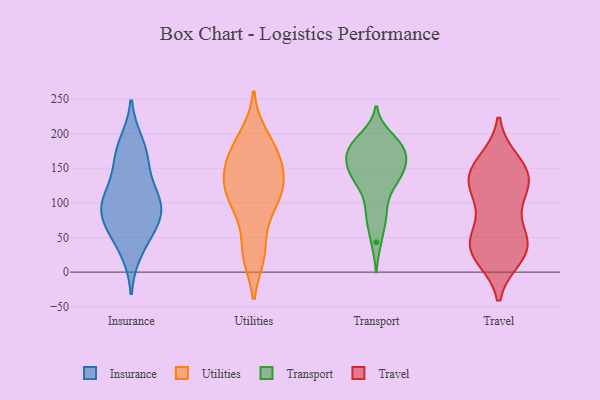
{"axis": {"x": "Inventory Turnover", "y": "Value"}, "legend": ["Insurance", "Transport", "Travel", "Utilities"], "data": [{"x": "", "y": 185, "type": "Insurance"}, {"x": "", "y": 166, "type": "Insurance"}, {"x": "", "y": 82, "type": "Insurance"}, {"x": "", "y": 106, "type": "Insurance"}, {"x": "", "y": 108, "type": "Insurance"}, {"x": "", "y": 62, "type": "Insurance"}, {"x": "", "y": 31, "type": "Insurance"}, {"x": "", "y": 162, "type": "Insurance"}, {"x": "", "y": 89, "type": "Insurance"}, {"x": "", "y": 110, "type": "Insurance"}, {"x": "", "y": 68, "type": "Insurance"}, {"x": "", "y": 173, "type": "Utilities"}, {"x": "", "y": 24, "type": "Utilities"}, {"x": "", "y": 114, "type": "Utilities"}, {"x": "", "y": 168, "type": "Utilities"}, {"x": "", "y": 133, "type": "Utilities"}, {"x": "", "y": 97, "type": "Utilities"}, {"x": "", "y": 198, "type": "Utilities"}, {"x": "", "y": 76, "type": "Utilities"}, {"x": "", "y": 24, "type": "Utilities"}, {"x": "", "y": 151, "type": "Utilities"}, {"x": "", "y": 191, "type": "Utilities"}, {"x": "", "y": 171, "type": "Utilities"}, {"x": "", "y": 141, "type": "Utilities"}, {"x": "", "y": 100, "type": "Utilities"}, {"x": "", "y": 108, "type": "Utilities"}, {"x": "", "y": 30, "type": "Utilities"}, {"x": "", "y": 128, "type": "Utilities"}, {"x": "", "y": 133, "type": "Utilities"}, {"x": "", "y": 164, "type": "Transport"}, {"x": "", "y": 189, "type": "Transport"}, {"x": "", "y": 101, "type": "Transport"}, {"x": "", "y": 196, "type": "Transport"}, {"x": "", "y": 43, "type": "Transport"}, {"x": "", "y": 145, "type": "Transport"}, {"x": "", "y": 78, "type": "Transport"}, {"x": "", "y": 131, "type": "Transport"}, {"x": "", "y": 158, "type": "Transport"}, {"x": "", "y": 175, "type": "Transport"}, {"x": "", "y": 126, "type": "Transport"}, {"x": "", "y": 173, "type": "Transport"}, {"x": "", "y": 133, "type": "Transport"}, {"x": "", "y": 146, "type": "Transport"}, {"x": "", "y": 156, "type": "Transport"}, {"x": "", "y": 185, "type": "Transport"}, {"x": "", "y": 77, "type": "Transport"}, {"x": "", "y": 181, "type": "Transport"}, {"x": "", "y": 45, "type": "Travel"}, {"x": "", "y": 159, "type": "Travel"}, {"x": "", "y": 62, "type": "Travel"}, {"x": "", "y": 23, "type": "Travel"}, {"x": "", "y": 35, "type": "Travel"}, {"x": "", "y": 151, "type": "Travel"}, {"x": "", "y": 146, "type": "Travel"}, {"x": "", "y": 117, "type": "Travel"}, {"x": "", "y": 125, "type": "Travel"}, {"x": "", "y": 103, "type": "Travel"}, {"x": "", "y": 31, "type": "Travel"}, {"x": "", "y": 31, "type": "Travel"}, {"x": "", "y": 40, "type": "Travel"}, {"x": "", "y": 140, "type": "Travel"}, {"x": "", "y": 129, "type": "Travel"}]}